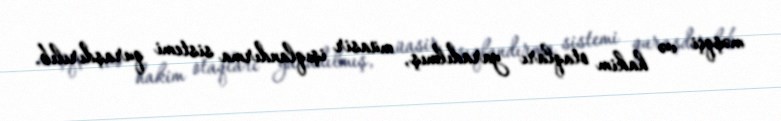
məşqçi və hakim otaqları yaradılmış, müasir işıqlandırma sistemi quraşdırılıb.